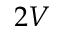
2 V